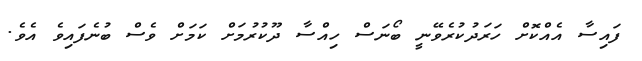
ފައިސާ އެއްކޮށް ހަރަދުކުރެވޭނީ ބޯނަސް ހިއްސާ ދޫކުރުމަށް ކަމަށް ވެސް ބުނެފައިވެ އެވެ.